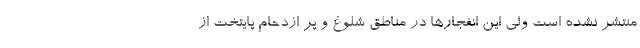
منتشر نشده است ولی این انفجارها در مناطق شلوغ و پر ازدحام پایتخت از